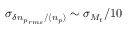
\sigma _ { \delta { n _ { p } } _ { r m s } / \langle n _ { p } \rangle } \sim \sigma _ { M _ { t } } / 1 0